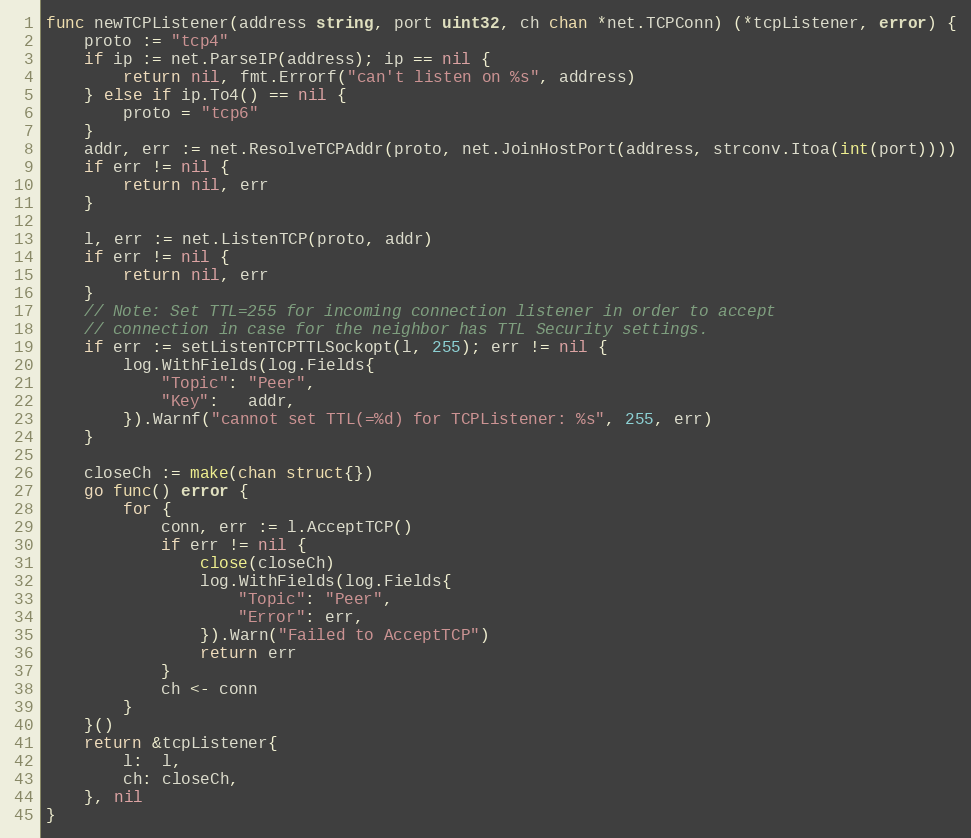
Language: Go
func newTCPListener(address string, port uint32, ch chan *net.TCPConn) (*tcpListener, error) {
	proto := "tcp4"
	if ip := net.ParseIP(address); ip == nil {
		return nil, fmt.Errorf("can't listen on %s", address)
	} else if ip.To4() == nil {
		proto = "tcp6"
	}
	addr, err := net.ResolveTCPAddr(proto, net.JoinHostPort(address, strconv.Itoa(int(port))))
	if err != nil {
		return nil, err
	}

	l, err := net.ListenTCP(proto, addr)
	if err != nil {
		return nil, err
	}
	// Note: Set TTL=255 for incoming connection listener in order to accept
	// connection in case for the neighbor has TTL Security settings.
	if err := setListenTCPTTLSockopt(l, 255); err != nil {
		log.WithFields(log.Fields{
			"Topic": "Peer",
			"Key":   addr,
		}).Warnf("cannot set TTL(=%d) for TCPListener: %s", 255, err)
	}

	closeCh := make(chan struct{})
	go func() error {
		for {
			conn, err := l.AcceptTCP()
			if err != nil {
				close(closeCh)
				log.WithFields(log.Fields{
					"Topic": "Peer",
					"Error": err,
				}).Warn("Failed to AcceptTCP")
				return err
			}
			ch <- conn
		}
	}()
	return &tcpListener{
		l:  l,
		ch: closeCh,
	}, nil
}